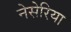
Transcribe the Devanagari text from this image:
नेसेरिया